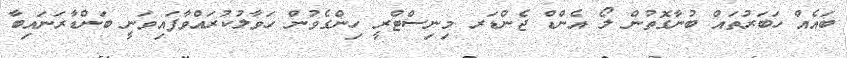
ބައެއް ހަބަރުތައް ބުނާގޮތުން ލޯ އެންޑް ޖެންޑަރ މިނިސްޓްރީ ހިންގެވުން ހަވާލުކުރައްވާފައިވަނީ ބަންޑާރަނައިބާ